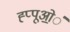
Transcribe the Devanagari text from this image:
ह्प्पूओ॒॒॒॑